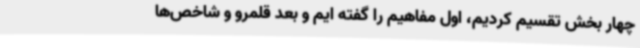
چهار بخش تقسیم کردیم، اول مفاهیم را گفته ایم و بعد قلمرو و شاخص‌ها